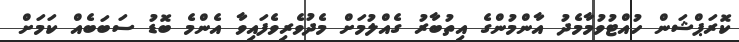
ކޮރަޕްޝަން ހުއްޓުވުމާމެދު އާންމުންގެ އިތުބާރު ގެއްލުމަށް މެދުވެރިވެފައިވާ އެންމެ ބޮޑު ސަބަބެއް ކަމަށް